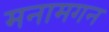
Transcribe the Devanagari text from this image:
मनामगन